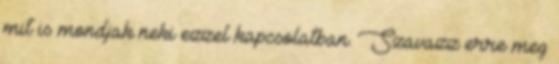
mit is mondjak neki ezzel kapcsolatban. Szavazz erre meg